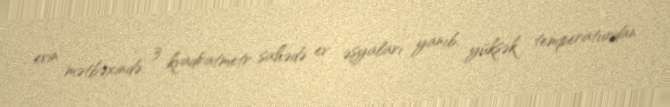
evin mətbəxində 3 kvadratmetr sahədə ev əşyaları yanıb, yüksək temperaturdan